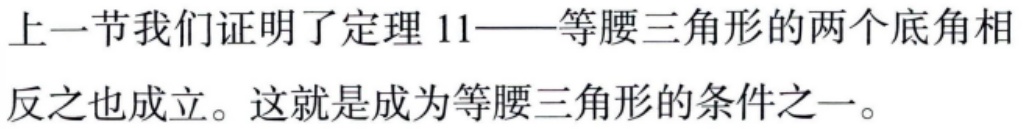
上一节我们证明了定理 11——等腰三角形的两个底角相
反之也成立。这就是成为等腰三角形的条件之一。